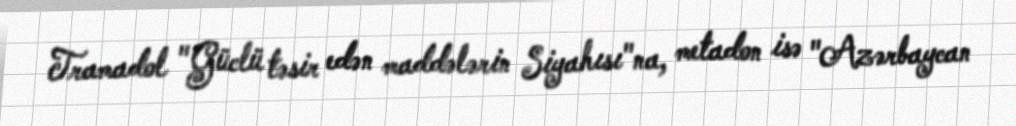
Tramadol "Güclü təsir edən maddələrin Siyahısı"na, metadon isə "Azərbaycan